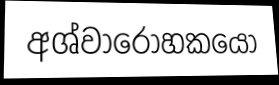
අශ්වාරොහකයෝ